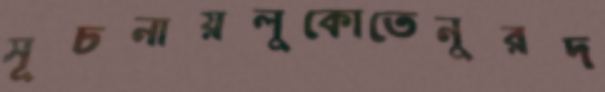
সূচনায়লুকোতেনুরদ